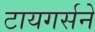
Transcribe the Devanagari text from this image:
टायगर्सने